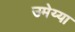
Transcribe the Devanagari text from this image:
उमेय्या